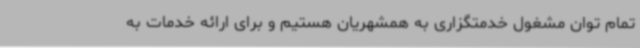
تمام توان مشغول خدمتگزاری به همشهریان هستیم و برای ارائه خدمات به